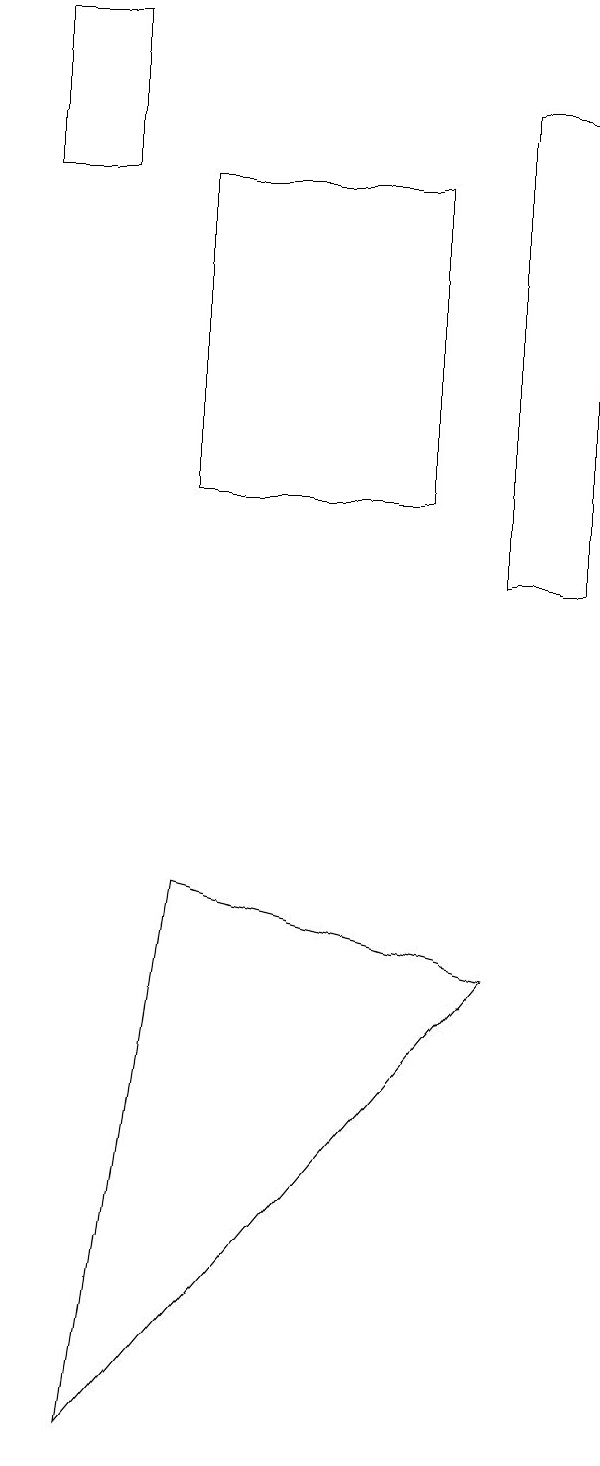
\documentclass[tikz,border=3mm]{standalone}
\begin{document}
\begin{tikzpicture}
\draw (7,12) rectangle (8,18);
\draw (3,17) rectangle (6,13);
\draw (2,17) rectangle (1,19);
\draw (3,8) -- (7,7) -- (2,1) -- cycle;
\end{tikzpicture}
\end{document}